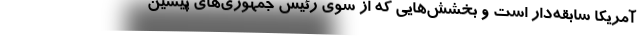
آمریکا سابقه‌دار است و بخشش‌هایی که از سوی رئیس جمهوری‌های پیشین